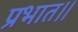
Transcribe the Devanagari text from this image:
प्रभात।।